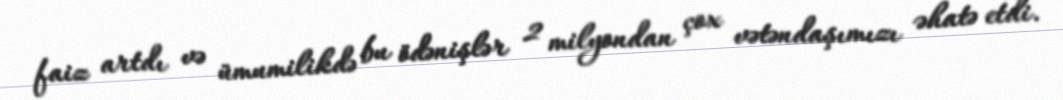
faiz artdı və ümumilikdə bu ödənişlər 2 milyondan çox vətəndaşımızı əhatə etdi.